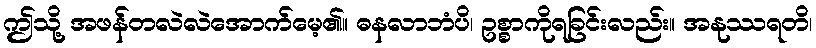
ဤသို့ အဖန်တလဲလဲအောက်မေ့၏။ ဓနလာဘံပိ၊ ဥစ္စာကိုရခြင်းလည်း။ အနုဿရတိ၊